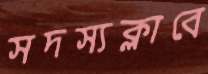
সদস্যক্লাবে